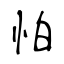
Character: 怕